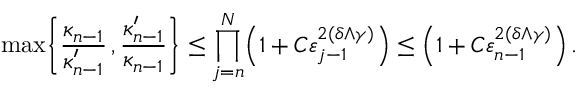
\operatorname* { m a x } \biggl \{ \frac { \kappa _ { n - 1 } } { \kappa _ { n - 1 } ^ { \prime } } \, , \frac { \kappa _ { n - 1 } ^ { \prime } } { \kappa _ { n - 1 } } \biggr \} \leq \prod _ { j = n } ^ { N } \Bigl ( 1 + C \varepsilon _ { j - 1 } ^ { 2 ( \delta \wedge \gamma ) } \Bigr ) \leq \Bigl ( 1 + C \varepsilon _ { n - 1 } ^ { 2 ( \delta \wedge \gamma ) } \Bigr ) \, .